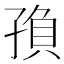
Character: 𡥼